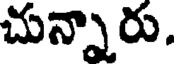
చున్నారు.